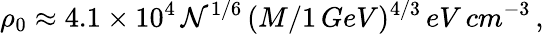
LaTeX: \rho_{0}\approx4.1\times10^{4}\, \mathcal{N}^{1/6}\, (M/1\, GeV)^{4/3}\, eV\, cm^{-3}\, ,